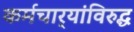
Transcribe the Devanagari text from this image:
कर्मचार्‍यांविरुद्ध